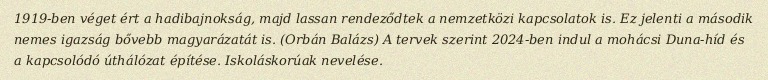
1919-ben véget ért a hadibajnokság, majd lassan rendeződtek a nemzetközi kapcsolatok is. Ez jelenti a második nemes igazság bővebb magyarázatát is. (Orbán Balázs) A tervek szerint 2024-ben indul a mohácsi Duna-híd és a kapcsolódó úthálózat építése. Iskoláskorúak nevelése.